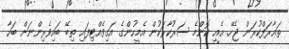
ތަޢާރަފްކުރަން ޖެހޭ. އެއީ ކޮންމެ ސަރުކާރަކުން އެމީހުންގެ އަގިވެއްޓިފައި ތިބޭ ބައިވެރިންނަށް ބަހާ